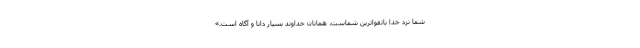
شما نزد خدا باتقواترین شماست، همانان خداوند بسیار دانا و آگاه است.»